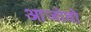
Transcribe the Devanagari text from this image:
आजोवो